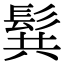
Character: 髸